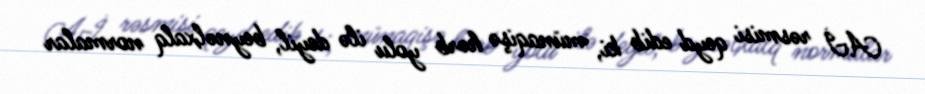
Aİ rəsmisi qeyd edib ki, münaqişə hərb yolu ilə deyil, beynəlxalq normalar